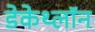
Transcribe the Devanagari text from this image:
डेकेथ्लॉन